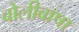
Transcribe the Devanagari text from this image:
बोलीबाषा